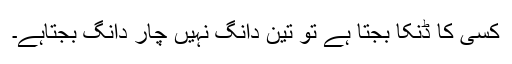
کسی کا ڈنکا بجتا ہے تو تین دانگ نہیں چار دانگ بجتاہے۔